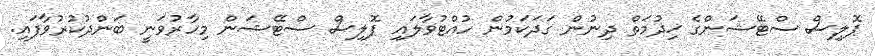
ޕޮލިސް ސްޓޭޝަންގެ ޚިދުމަތް ދިނުން ގަދަކަމުން ހުއްޓުވާލައި ޕޮލިސް ސްޓޭޝަން މިހާރުވަނީ ބަންދުކުރުވާފައި.